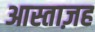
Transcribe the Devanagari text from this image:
आस्ताज़ह